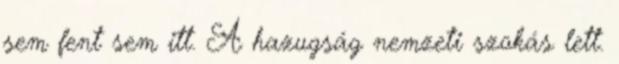
sem fent sem itt. A hazugság nemzeti szokás lett.